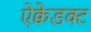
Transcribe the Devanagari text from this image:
ऐक्वेडक्ट